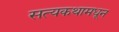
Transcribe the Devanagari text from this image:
सत्यकथामधून